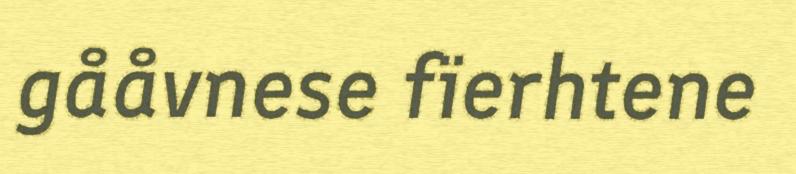
gååvnese fïerhtene